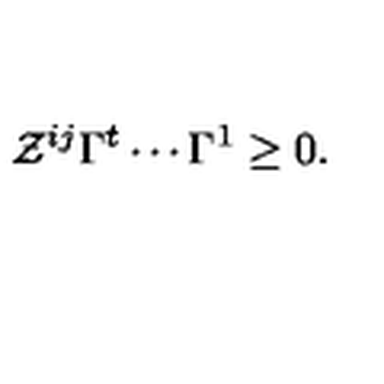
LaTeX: \mathcal { Z } ^ { i j } \Gamma ^ { t } \cdots \Gamma ^ { 1 } \geq 0 .